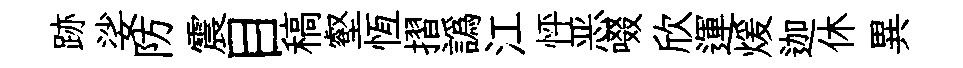
跡娑防震目稿壑恆摺譌江怦恶啜欣運煖迦休異